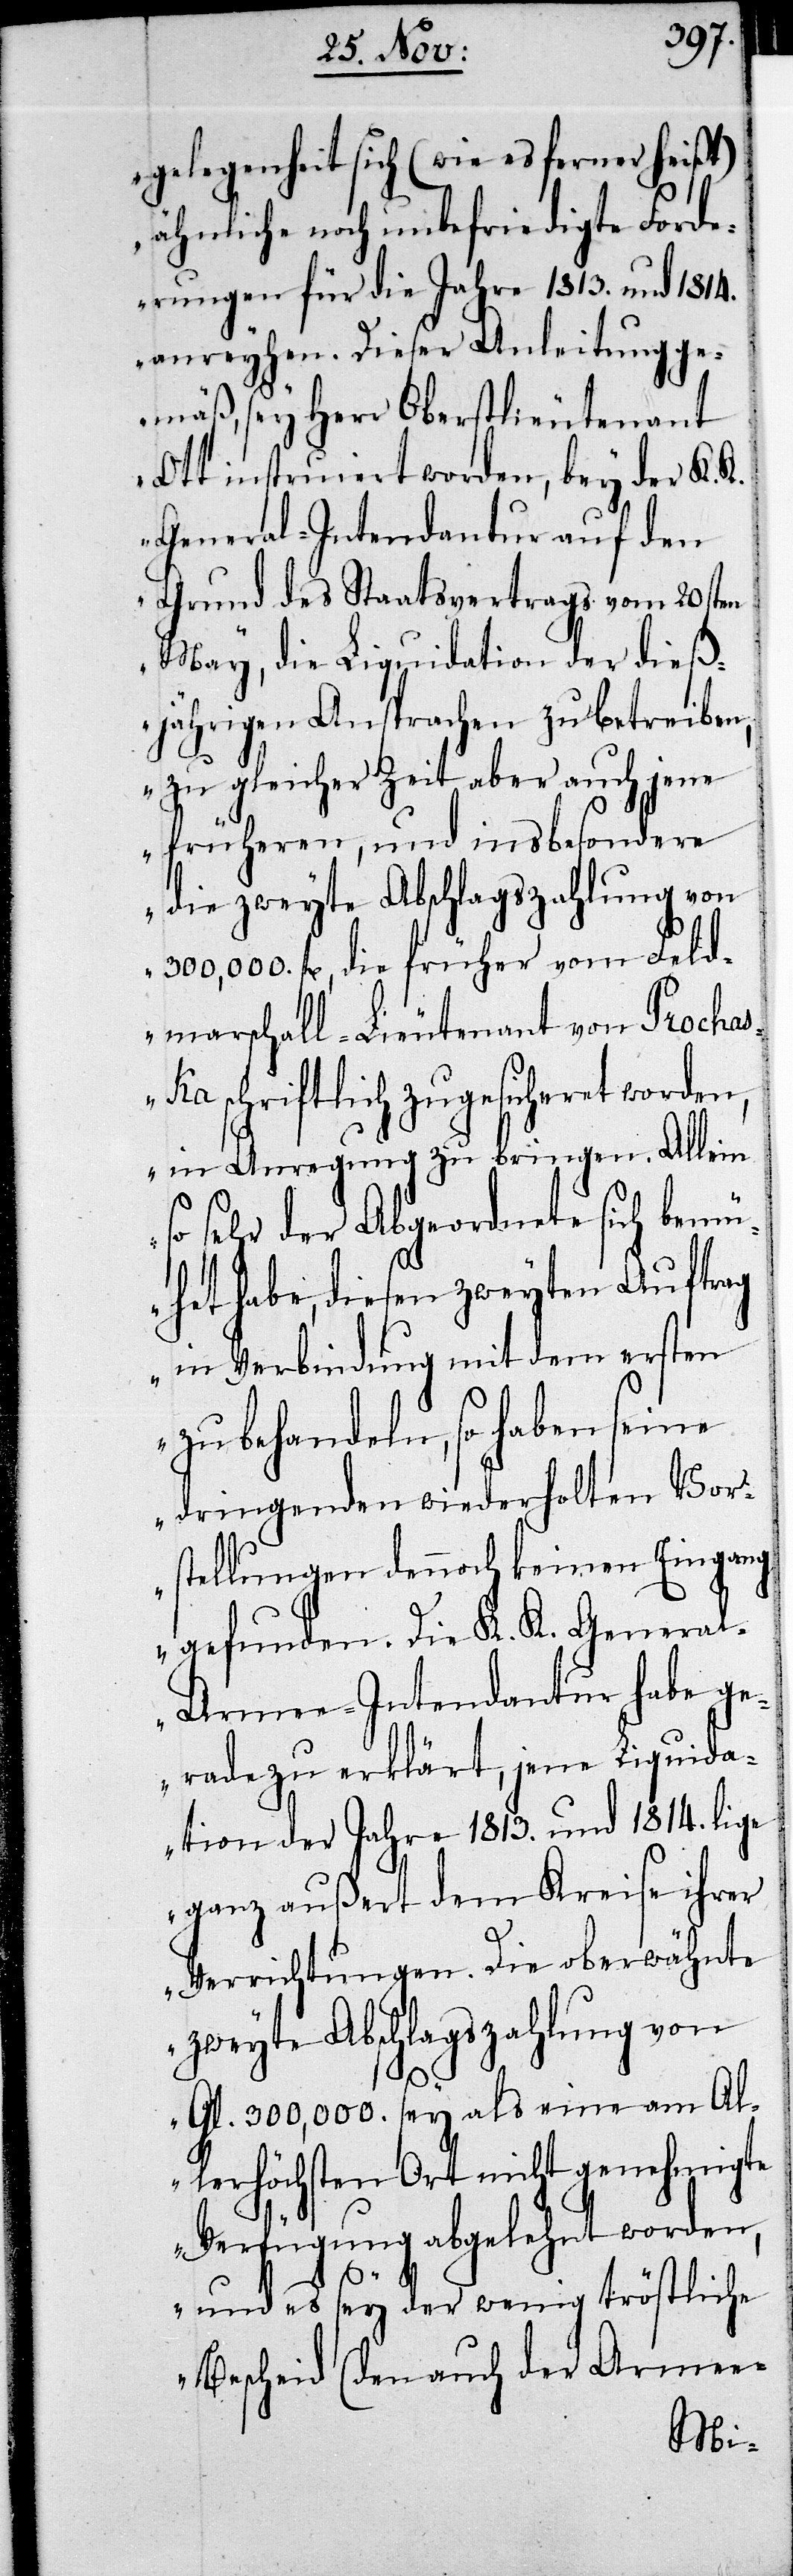
gelegenheit sich (wie es ferner heißt)
ähnliche noch unbefriedigte Ford¬
erungen für die Jahre 1813. und 1814.
anreyhen. Dieser Anleitung ge¬
mäß, sey Herr Oberstlieutenant
Ott instruiert worden, bey der K.
General-Intendantur auf den
Grund des Staatsvertrags vom 20sten
May, die Liquidation der dieß¬
jährigen Ansprachen zu betreiben,
zu gleicher Zeit aber auch jene
früheren, und insbesondere
die zweyte Abschlagszahlung von
fl., die früher vom Feld¬
marschall-Lieutenant von Procha¬
ska schriftlich zugesicheret worden,
in Anregung zu bringen. Allein
so sehr der Abgeordnete sich bemü¬
het habe, diesen zweyten Auftrag
in Verbindung mit dem ersten
zu behandeln, so haben seine
dringenden wiederholten Vor¬
stellungen dennoch keinen Eingang
gefunden. Die K. K. Genera¬
l-Armee-Intendantur habe ge¬
radezu erklärt, jene Liquida¬
tion der Jahre 1813. und 1814. lige
ganz außert dem Kreise ihrer
Verrichtungen. Die oberwähnte
zweyte Abschlagszahlung von
Gl. 300,000. sey als eine am Al¬
lerhöchsten Ort nicht genehmigte
Verfügung abgelehnt worden,
und es sey der wenig tröstliche
Bescheid (den auch der Armee-